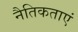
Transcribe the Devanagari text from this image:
नैतिकताएं